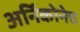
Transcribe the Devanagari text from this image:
अर्निकोनेच